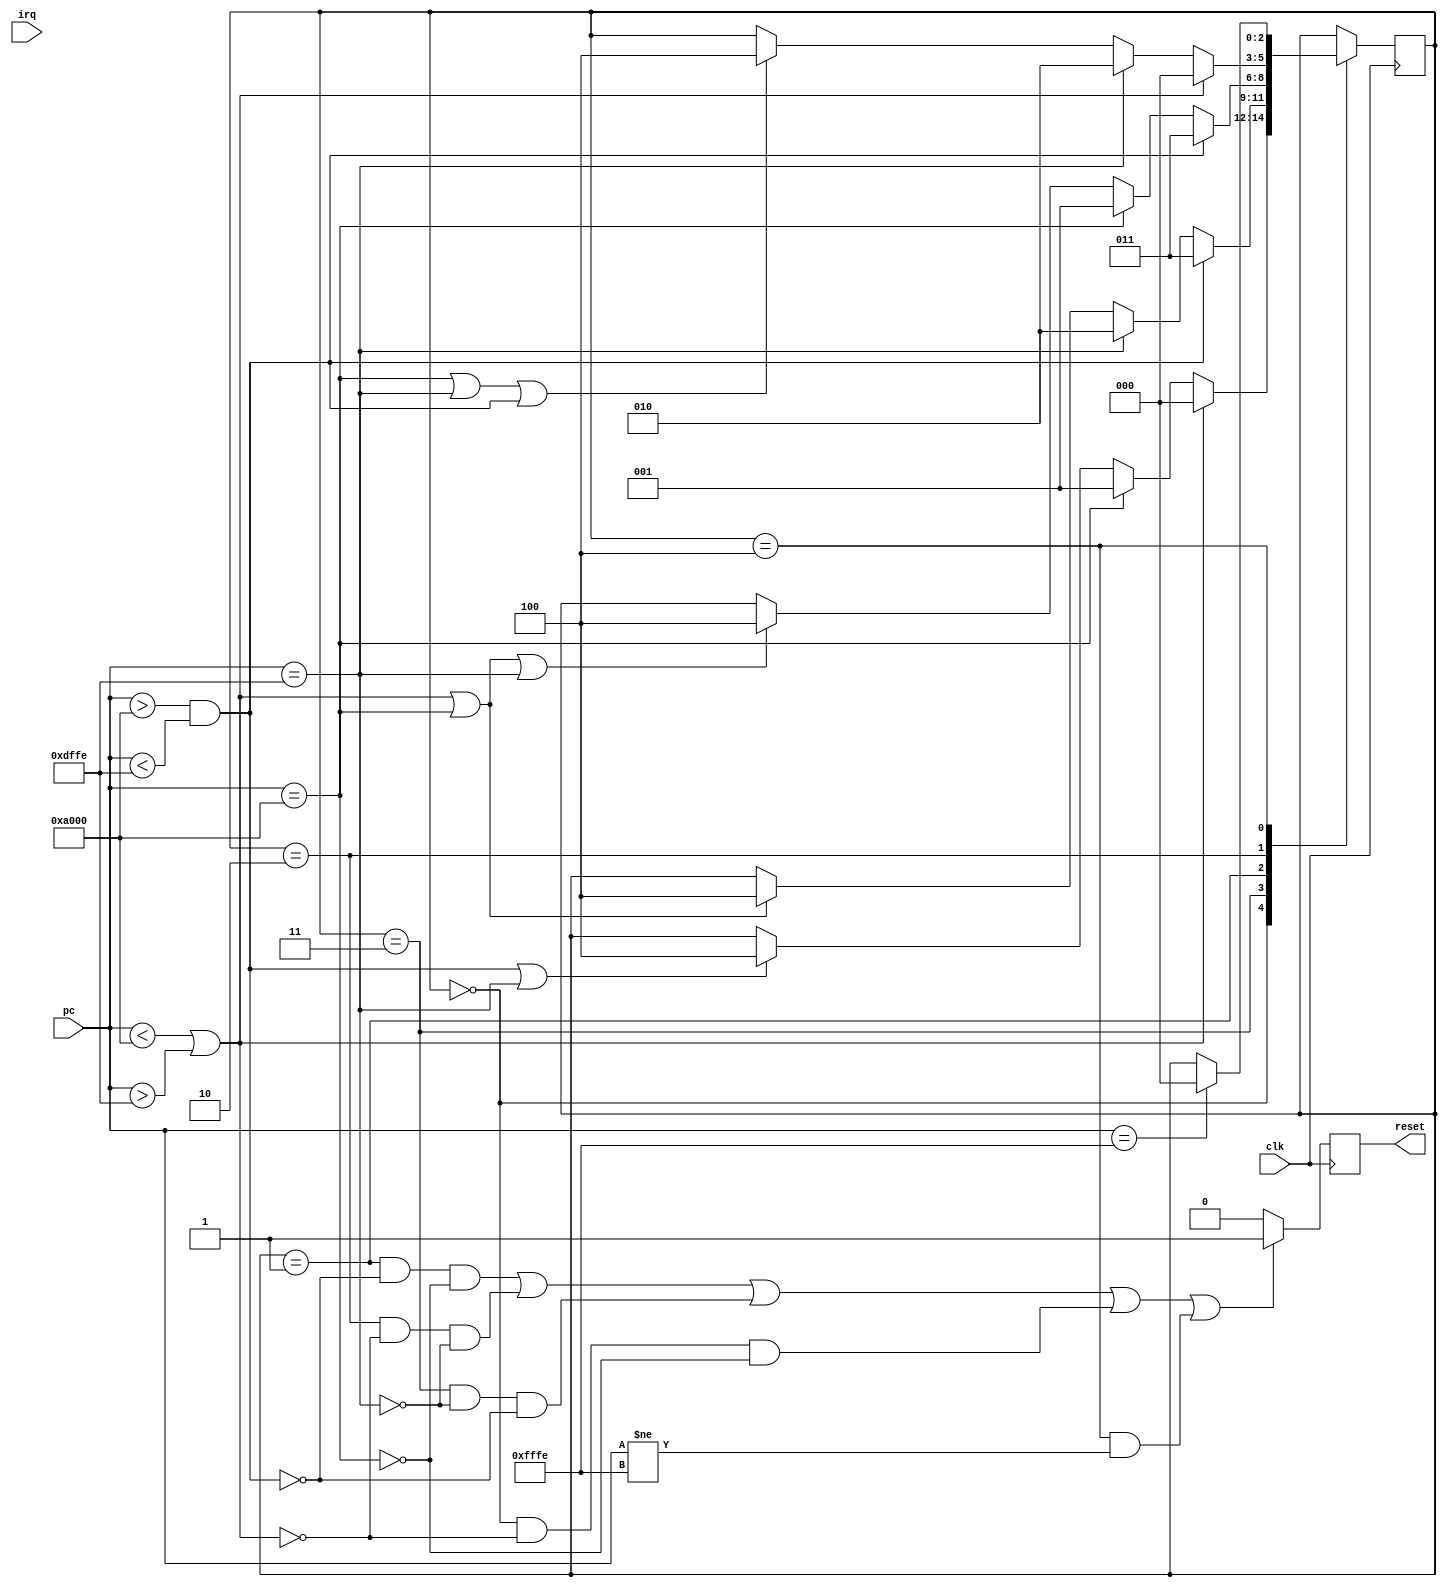

module  atomicity (
    clk,    //INPUT
    pc,     //INPUT
    irq,
    //pc_en,

    reset   //OUTPUT
);

input		    clk;
input   [15:0]  pc;
input           irq;
//input	    	pc_en;
output          reset;

// FSM States //////////////////////////////////////////////////////////
parameter notRC  = 3'b000;
parameter fstRC = 3'b001;
parameter lastRC = 3'b010;
parameter midRC = 3'b011;
parameter kill = 3'b100;
///////////////////////////////////////////////////////////////////////

parameter RESET_HANDLER = 16'hfffe;

// MACROS ///////////////////////////////////////////
parameter SMEM_BASE = 16'hA000;
parameter SMEM_SIZE = 16'h4000;
parameter LAST_SMEM_ADDR = SMEM_BASE + SMEM_SIZE - 2;
/////////////////////////////////////////////////////




reg     [2:0]   pc_state; // 3 bits for 5 states
reg             atomicity_res;

initial
begin
        pc_state = kill;
        atomicity_res = 1'b1;
end

wire is_mid_rom = pc > SMEM_BASE && pc < LAST_SMEM_ADDR;
wire is_first_rom = pc == SMEM_BASE;
wire is_last_rom = pc == LAST_SMEM_ADDR;
wire is_in_rom = is_mid_rom | is_first_rom | is_last_rom;
wire is_outside_rom = pc < SMEM_BASE | pc > LAST_SMEM_ADDR;
always @(posedge clk)
begin
    case (pc_state)
        notRC:
            if (is_outside_rom)
                pc_state <= notRC;
            else if (is_first_rom)
                pc_state <= fstRC;
            else if (is_mid_rom || is_last_rom)
                pc_state <= kill;
            else // only necessary if we include if(pc_en)
                pc_state <= pc_state;
        
        midRC:
            if (is_mid_rom)
                pc_state <= midRC;
            else if (is_last_rom)
                pc_state <= lastRC;
            else if (is_outside_rom || is_first_rom)
                pc_state <= kill; 
	    //else if (pc_en && is_first_rom)
		//pc_state = fstRC;
            else
                pc_state <= pc_state;
                
        fstRC:
            if (is_mid_rom) 
                pc_state <= midRC;
            else if (is_first_rom) 
                pc_state = fstRC;
            else if (is_outside_rom || is_first_rom || is_last_rom) 
                pc_state <= kill;
	    //else if (pc_en && is_last_rom)
		//pc_state = lastRC;
            else 
                pc_state <= pc_state;
            
        lastRC:
            if (is_outside_rom)
                pc_state <= notRC;
            else if (is_last_rom) 
                pc_state = lastRC;
	    //else if (pc_en && is_first_rom)
		//pc_state = firstRC;
	    //else if (pc_en && is_mid_rom)
		//pc_state = midRC;
	    else if (is_first_rom || is_last_rom || is_mid_rom)
		      pc_state <= kill;
            else pc_state <= pc_state;
                
        kill:
            if (pc == RESET_HANDLER)
                pc_state <= notRC;
            else
                pc_state <= pc_state;
                
    endcase
end

////////////// OUTPUT LOGIC //////////////////////////////////////
always @(posedge clk)
begin
    if ( (
        (pc_state == fstRC && !is_mid_rom && !is_first_rom) ||
        (pc_state == lastRC && !is_outside_rom && !is_last_rom) ||
        (pc_state == midRC && !is_last_rom && !is_mid_rom) ||
        (pc_state == notRC && !is_outside_rom && !is_first_rom)||
	    (pc_state == kill && pc != RESET_HANDLER)
       )
    )begin
            atomicity_res <= 1'b1;
    end
    else begin
            atomicity_res <= 1'b0;
    end

end


assign reset = atomicity_res;


endmodule